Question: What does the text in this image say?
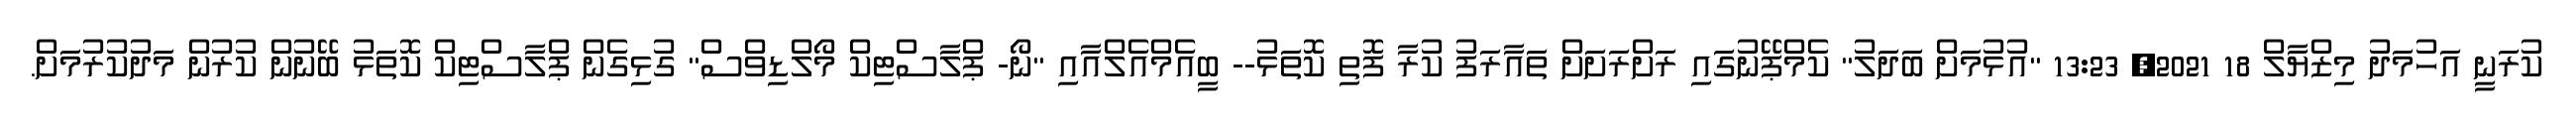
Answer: ކުރަނީ އަހުމަދު މިޒްޔާލް 18 2021, 13:23 "އުޅުމަށް ބަދަލު" ކެމްޕޭނުގައި ރަށްރަށަށް ތައާރަފު ކުރާ ފޮތި ކޮތަޅު-- ބީއެމްއެލްއާއި "ނޯ- ޕްލާސްޓިކް މޯލްޑިވްސް" ގުޅިގެން ޕްލާސްޓިކް ކޮތަޅު ބޭނުން ކުރުން މަދުކުރުމަށް.